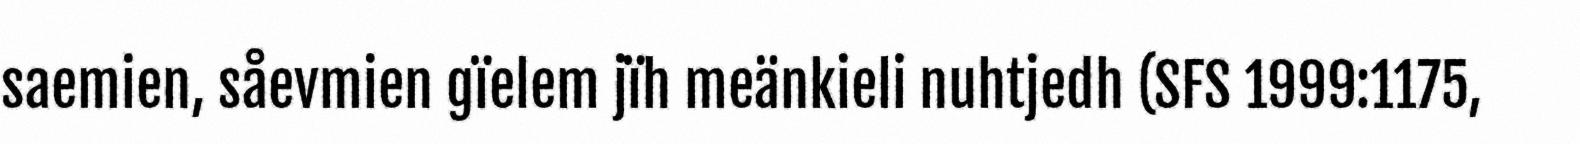
saemien, såevmien gïelem jïh meänkieli nuhtjedh (SFS 1999:1175,